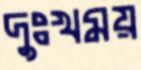
দুঃখময়